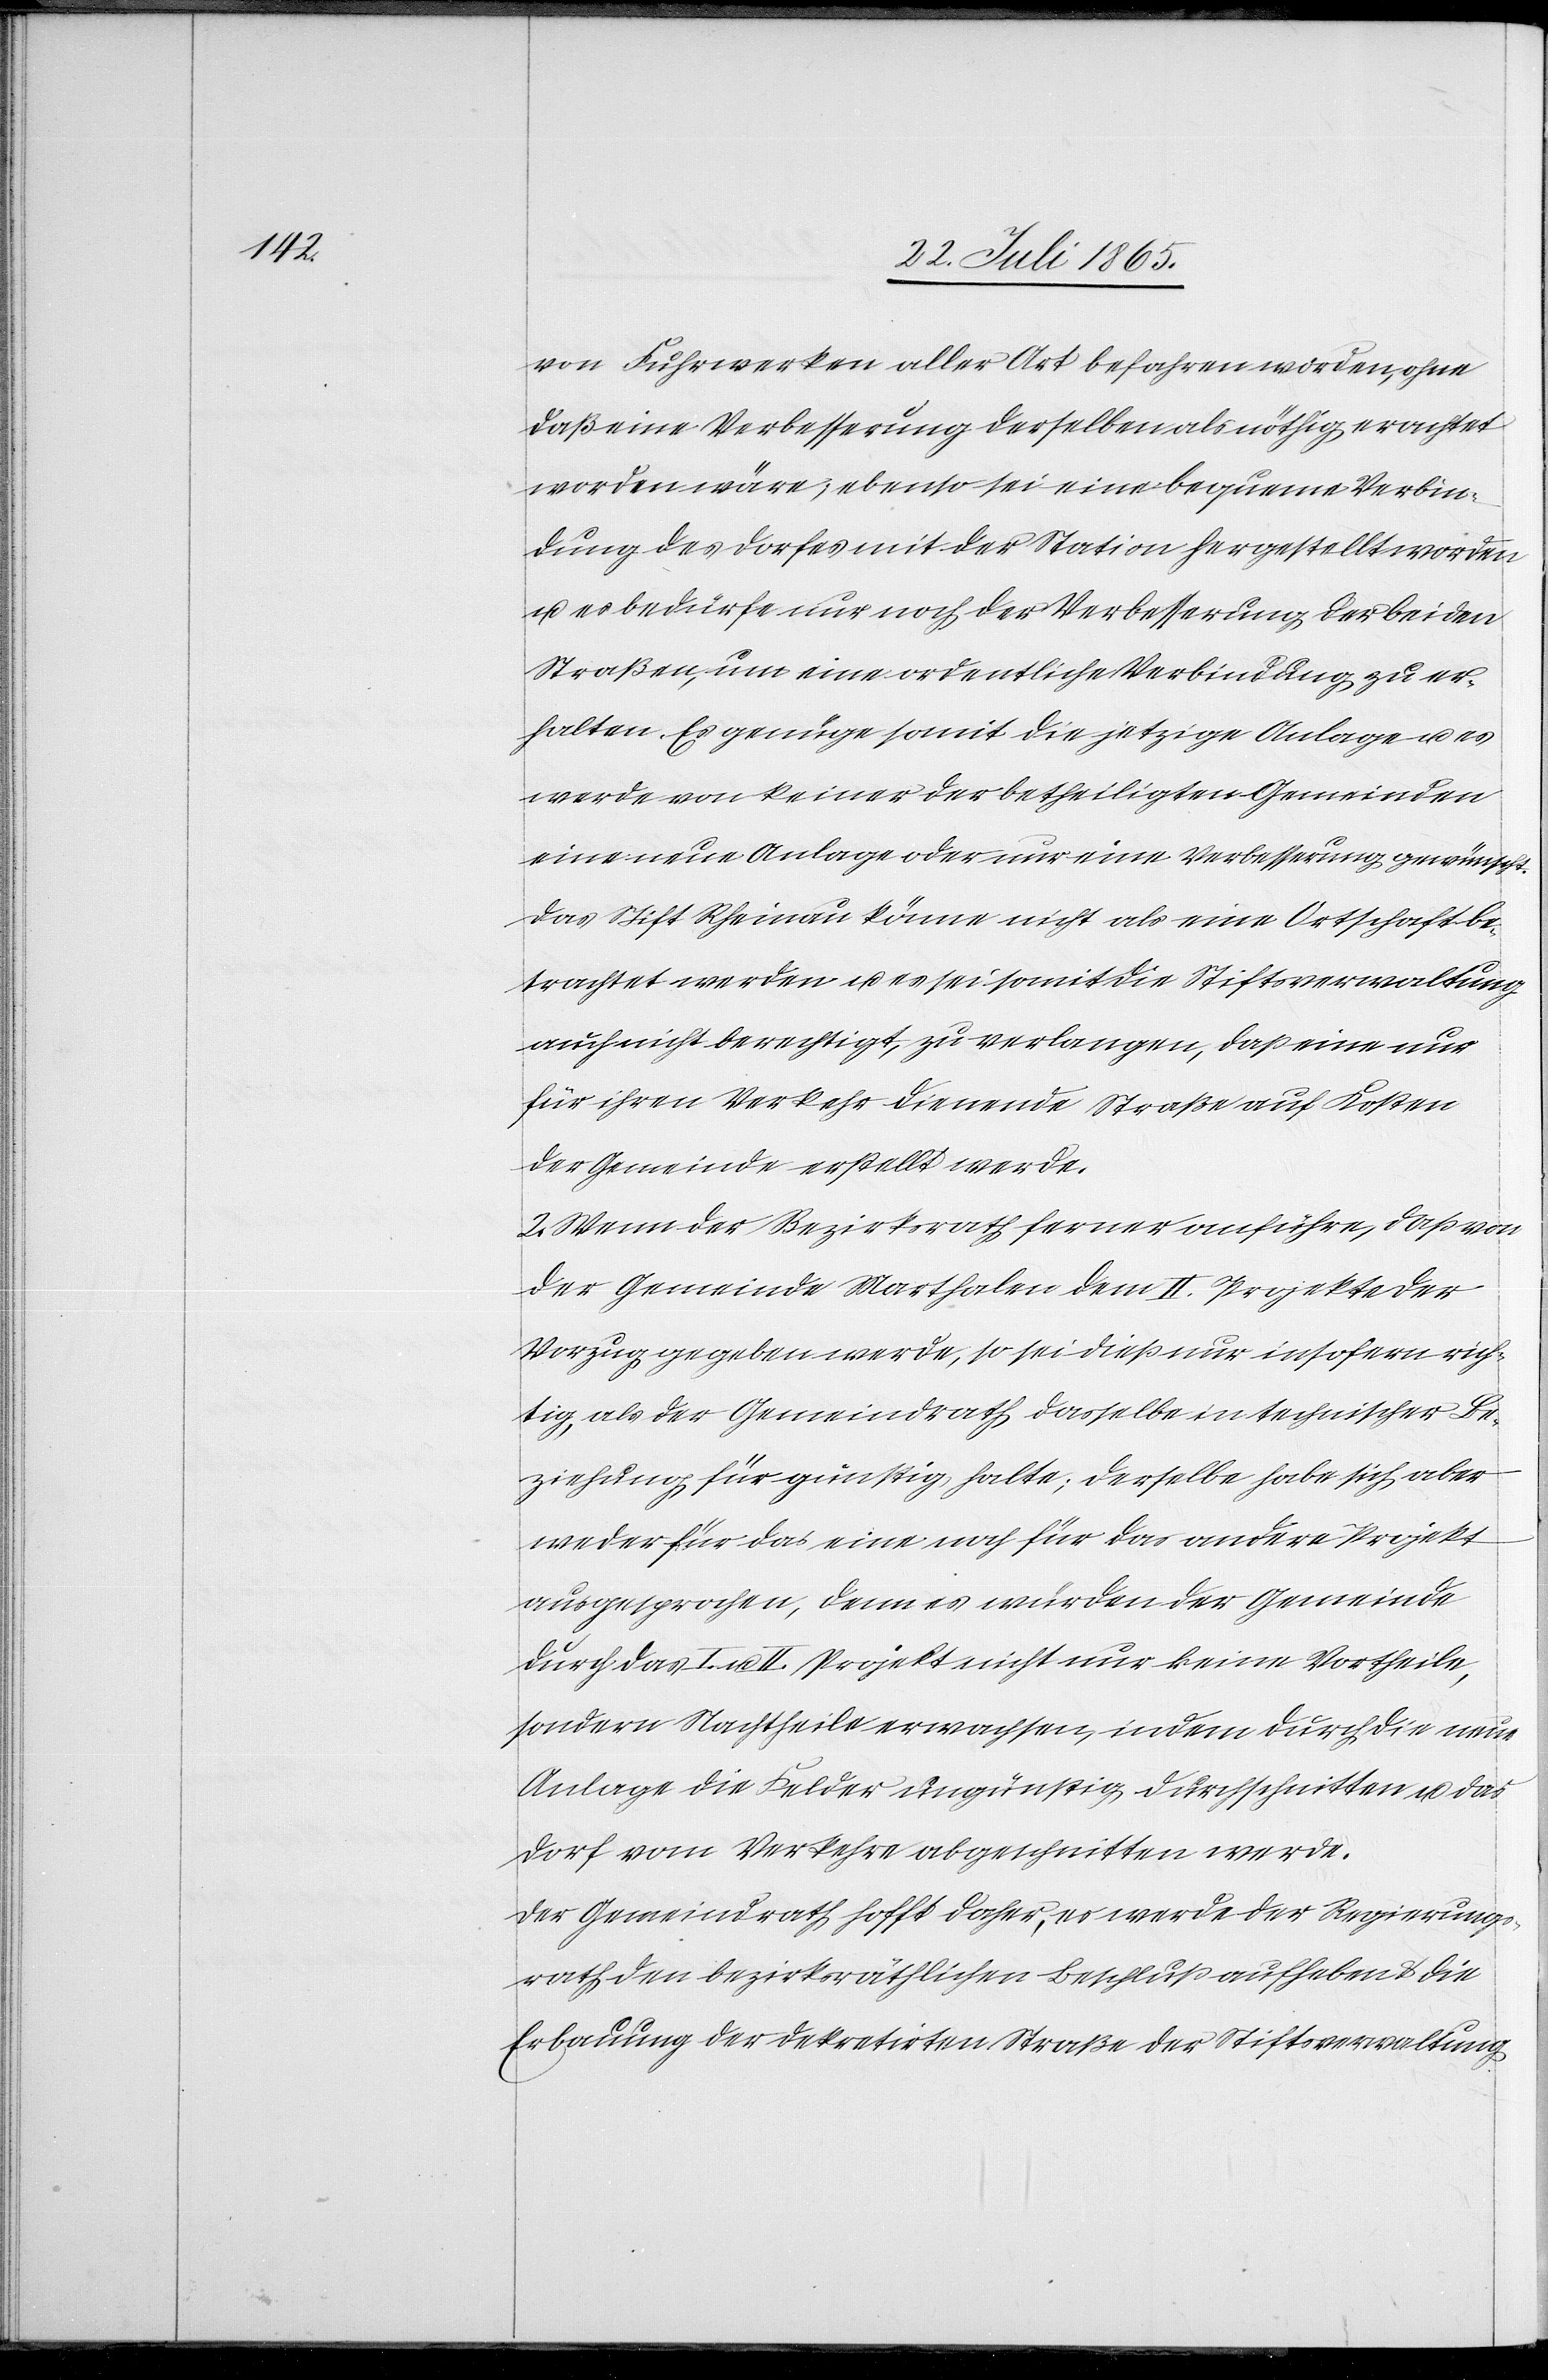
von Fuhrwerken aller Art befahren worden, ohne
daß eine Verbesserung derselben als nöthig erachtet
worden wäre; ebenso sei eine bequeme Verbin¬
dung des Dorfes mit der Station hergestellt worden
u. es bedürfe nur noch der Verbesserung der beiden
Straßen, um eine ordentliche Verbindung zu er¬
halten. Es genüge somit die jetzige Anlage u. es
werde von keiner der betheiligten Gemeinden
eine neue Anlage oder nur eine Verbesserung gewünscht.
Das Stift Rheinau könne nicht als eine Ortschaft be¬
trachtet werden u. es sei somit die Stiftsverwaltung
auch nicht berechtigt, zu verlangen, daß eine nur
für ihren Verkehr dienende Straße auf Kosten
der Gemeinde erstellt werde.
2. Wenn der Bezirksrath ferner anführe, daß von
der Gemeinde Marthalen dem II. Projekte der
Vorzug gegeben werde, so sei dieß nur insofern rich¬
tig, als der Gemeindrath dasselbe in technischer Be¬
ziehung für günstig halte; derselbe habe sich aber
weder für das eine noch für das andere Projekt
ausgesprochen, denn es würden der Gemeinde
durch das I. u. II. Projekt nicht nur keine Vortheile,
sondern Nachtheile erwachsen, indem durch die neue
Anlage die Felder ungünstig durchschnitten u. das
Dorf vom Verkehre abgeschnitten werde.
Der Gemeindrath hofft daher, es werde der Regierungs¬
rath den bezirksräthlichen Beschluß aufheben u. die
Erbauung der dekretirten Straße der Stiftsverwaltung